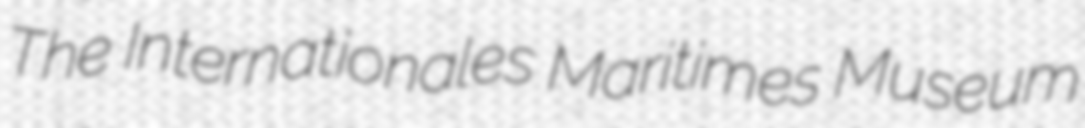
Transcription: The Internationales Maritimes Museum